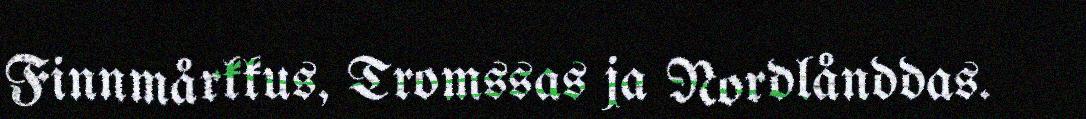
Finnmårkkus, Tromssas ja Nordlånddas.